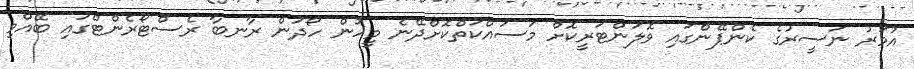
އުމަރު ނަސީރުގެ ކެންޕޭންގައި ވޮލަންޓަރީކޮށް މަސައްކަތްކޮށްދޭނެ މީހުން ހޯދަން ރާނބާ ރެސްޓޯރެންޓްގައި ބޭއްވި